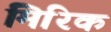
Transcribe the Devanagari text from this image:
मिरिक